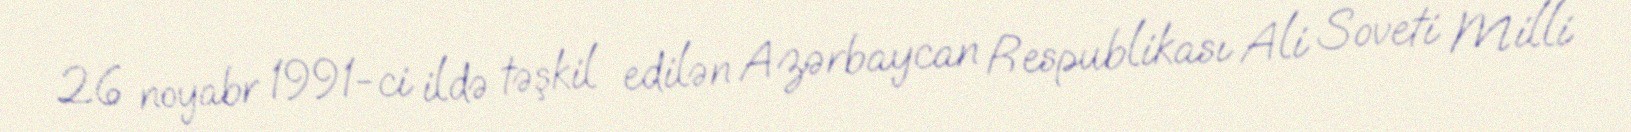
26 noyabr 1991-ci ildə təşkil edilən Azərbaycan Respublikası Ali Soveti Milli